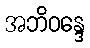
အဘိဝန္ဒေ